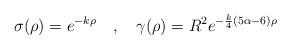
LaTeX: \begin{align*}\sigma(\rho)=e^{-k \rho} ~~~,~~~\gamma(\rho)=R^2 e^{-{k \over 4}(5\alpha-6) \rho}\end{align*}